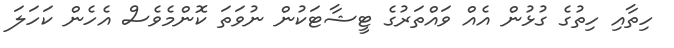
ހިތާއި ހިތުގެ ގުޅުން އެއް ވައްތަރުގެ ޓީޝާޓަކުން ނުވަތަ ކޮންމެވެސް އެހެން ކަހަލަ